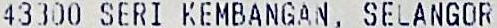
43300 SERI KEMBANGAN, SELANGOR